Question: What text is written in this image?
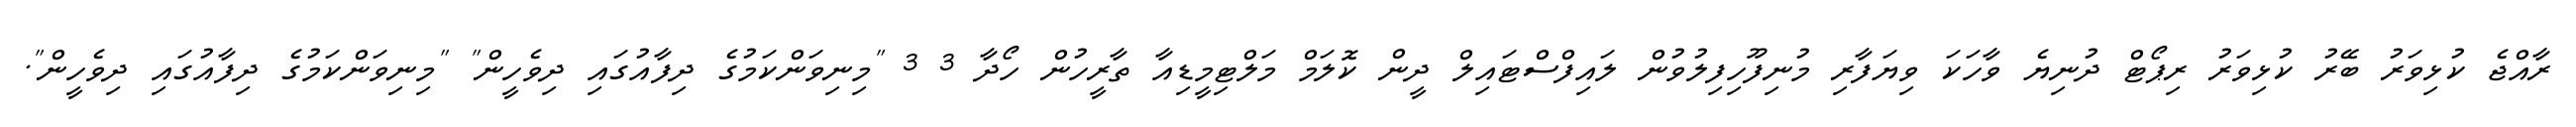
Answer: ރާއްޖެ ކުޅިވަރު ބޭރު ކުޅިވަރު ރިޕޯޓް ދުނިޔެ ވާހަކަ ވިޔަފާރި މުނިފޫހިފިލުވުން ލައިފްސްޓައިލް ދީން ކޮލަމް މަލްޓިމީޑިއާ ތާރީހުން ހޯދާ 3 3 "މިނިވަންކަމުގެ ދިފާއުގައި ދިވެހީން" "މިނިވަންކަމުގެ ދިފާއުގައި ދިވެހީން".